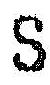
S